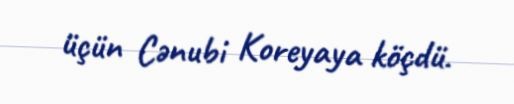
üçün Cənubi Koreyaya köçdü.